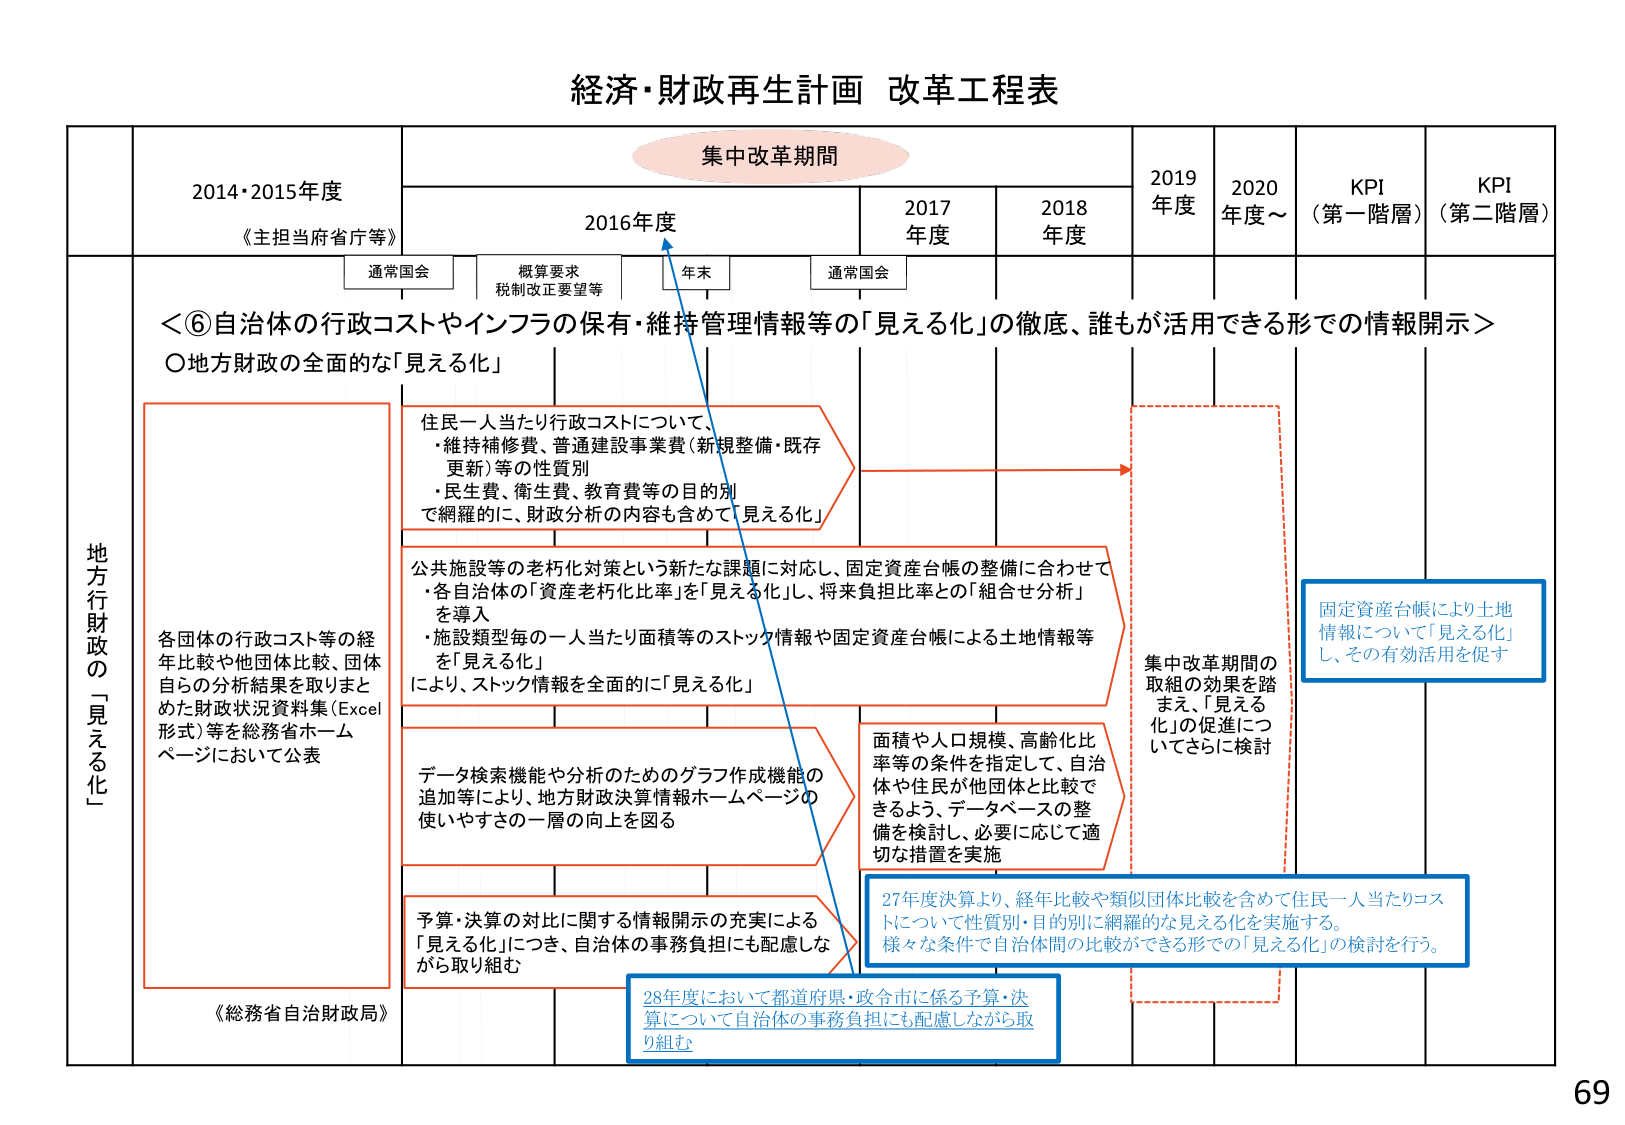
経済・財政再生計画 改革工程表

集中改革期間

2014・2015年度
《主担当府省庁等》

2016年度
通常国会
概算要求
税制改正要望等
年末

2017年度
通常国会

2018年度

2019年度

2020年度～

KPI（第一階層）

KPI（第二階層）

＜⑥自治体の行政コストやインフラの保有・維持管理情報等の「見える化」の徹底、誰もが活用できる形での情報開示＞

〇地方財政の全面的な「見える化」

地方行政の「見える化」

各団体の行政コスト等の経年比較や他団体比較、団体自らの分析結果を取りまとめた財政状況資料集（Excel形式）等を総務省ホームページにおいて公表

《総務省自治財政局》

住民一人当たり行政コストについて、
・維持補修費、普通建設事業費（新規整備・既存更新）等の性質別
・民生費、衛生費、教育費等の目的別
で網羅的に、財政分析の内容も含めて「見える化」

公共施設等の老朽化対策という新たな課題に対応し、固定資産台帳の整備に合わせて
・各自治体の「資産老朽化比率」を「見える化」し、将来負担比率との「組合せ分析」を導入
・施設類型毎の一人当たり面積等のストック情報や固定資産台帳による土地情報等を「見える化」
により、ストック情報を全面的に「見える化」

データ検索機能や分析のためのグラフ作成機能の追加等により、地方財政決算情報ホームページの使いやすさの一層の向上を図る

予算・決算の対比に関する情報開示の充実による「見える化」につき、自治体の事務負担にも配慮しながら取り組む

面積や人口規模、高齢化比率等の条件を指定して、自治体や住民が他団体と比較できるよう、データベースの整備を検討し、必要に応じて適切な措置を実施

集中改革期間の取組の効果を踏まえ、「見える化」の促進についてさらに検討

固定資産台帳により土地情報について「見える化」し、その有効活用を促す

27年度決算より、経年比較や類似団体比較を含めて住民一人当たりコストについて性質別・目的別に網羅的な見える化を実施する。様々な条件で自治体間の比較ができる形での「見える化」の検討を行う。

28年度において都道府県・政令市に係る予算・決算について自治体の事務負担にも配慮しながら取り組む

69